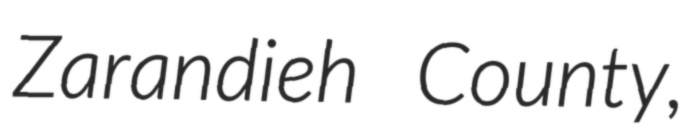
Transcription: Zarandieh County,